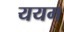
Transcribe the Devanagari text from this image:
ययम